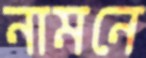
নামনে